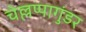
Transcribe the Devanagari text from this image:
चेल्लप्पागुंडर